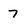
Character: 7